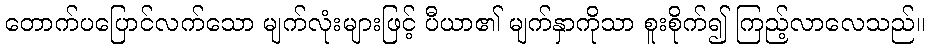
တောက်ပပြောင်လက်သော မျက်လုံးများဖြင့် ပီယာ၏ မျက်နှာကိုသာ စူးစိုက်၍ ကြည့်လာလေသည်။